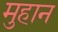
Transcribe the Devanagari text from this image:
मुहान